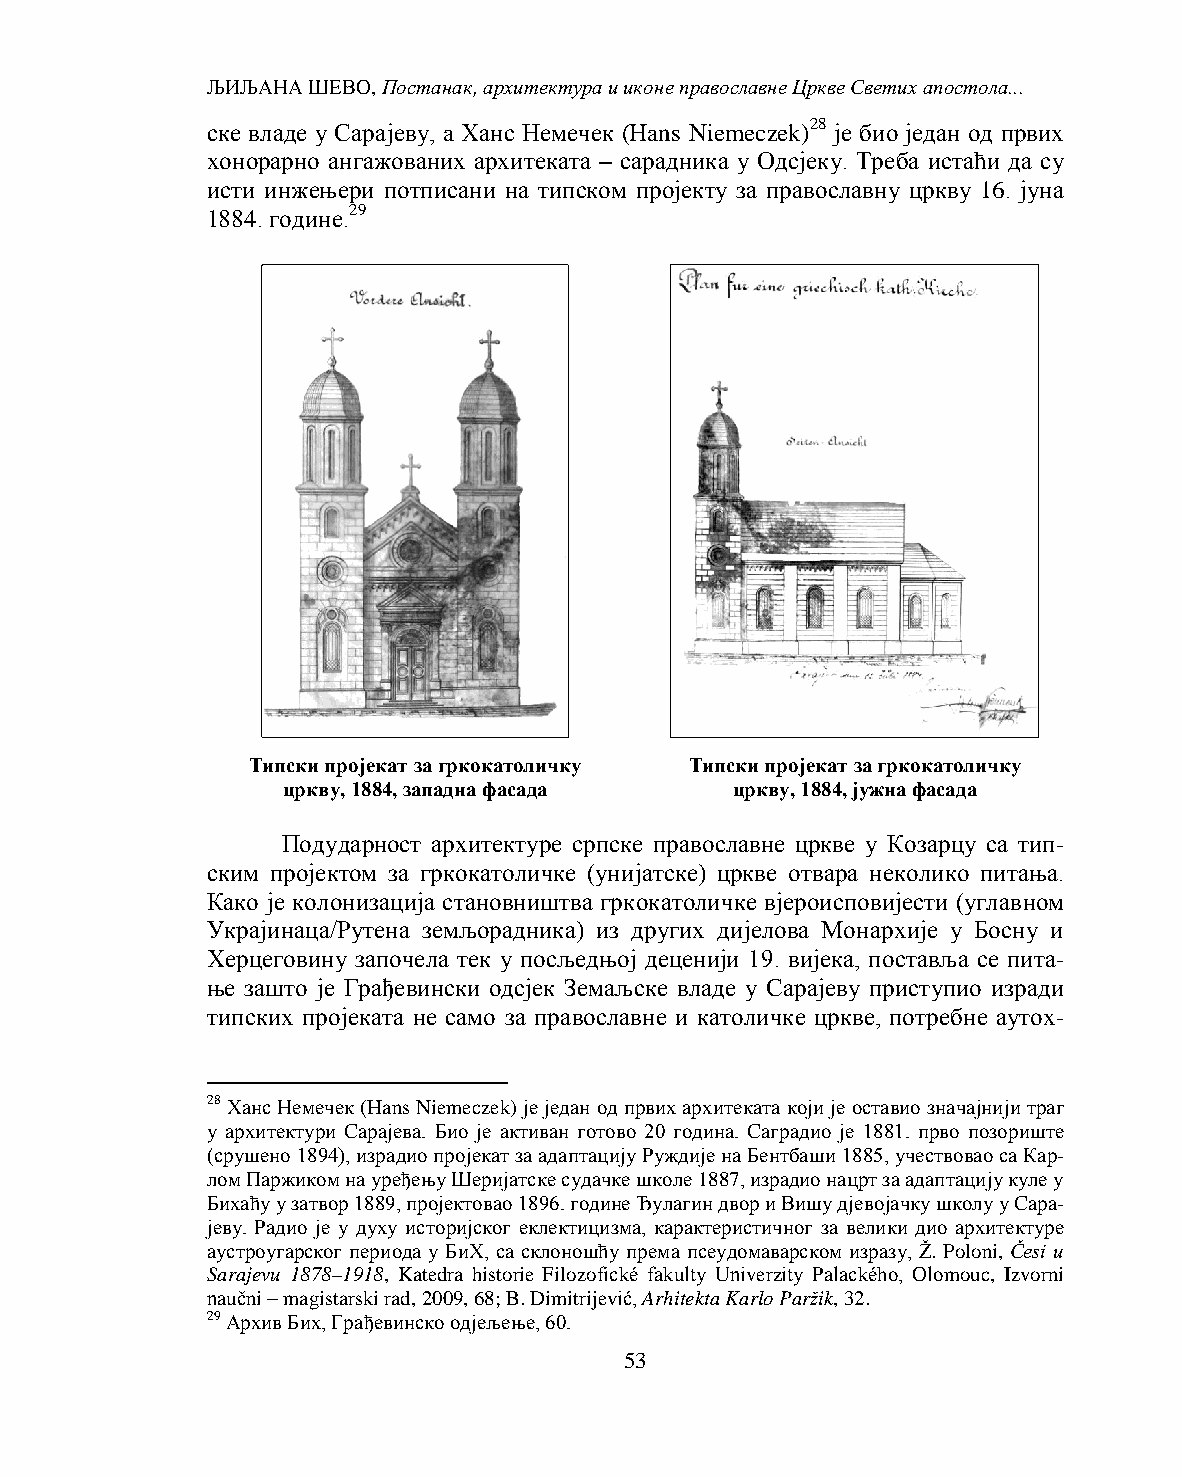
ЉИЉАНА ШЕВО, Постанак, архитектура и иконе православне Цркве Светих апостола...
 ске владе у Сарајеву, a Ханс Немечек (Hans Niemeczek)28 је био један од првих
 хонорарно ангажованих архитеката – сарадника у Одсјеку. Треба истаћи да су
 исти инжењери потписани на типском пројекту за православну цркву 16. јуна
 1884. године.29
 Типски пројекат за гркокатоличку Типски пројекат за гркокатоличку
 цркву, 1884, западна фасада  цркву, 1884, јужна фасада
 Подударност архитектуре српске православне цркве у Козарцу са тип-
 ским пројектом за гркокатоличке (унијатске) цркве отвара неколико питања.
 Како је колонизација становништва гркокатоличке вјероисповијести (углавном
 Украјинаца/Рутена земљорадника) из других дијелова Монархије у Босну и
 Херцеговину започела тек у посљедњој деценији 19. вијека, поставља се пита-
 ње зашто је Грађевински одсјек Земаљске владе у Сарајеву приступио изради
 типских пројеката не само за православне и католичке цркве, потребне аутох-
 28 Ханс Немечек (Hans Niemeczek) је један од првих архитеката који је оставио значајнији траг
 у архитектури Сарајева. Био је активан готово 20 година. Саградио је 1881. прво позориште
 (срушено 1894), израдио пројекат за адаптацију Руждије на Бентбаши 1885, учествовао са Кар-
 лом Паржиком на уређењу Шеријатске судачке школе 1887, израдио нацрт за адаптацију куле у
 Бихаћу у затвор 1889, пројектовао 1896. године Ђулагин двор и Вишу дјевојачку школу у Сара-
 јеву. Радио је у духу историјског еклектицизма, карактеристичног за велики дио архитектуре
 аустроугарског периода у БиХ, са склоношћу према псеудомаварском изразу, Ž. Poloni, Česi u
 Sarajevu 1878–1918, Katedra historie Filozofické fakulty Univerzity Palackého, Olomouc, Izvorni
 naučni – magistarski rad, 2009, 68; B. Dimitrijević, Arhitekta Karlo Paržik, 32.
 29 Архив Бих, Грађевинско одјељење, 60.
 53